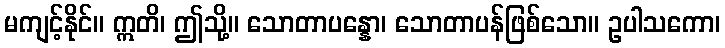
မကျင့်နိုင်။ ဣတိ၊ ဤသို့။ သောတာပန္နော၊ သောတာပန်ဖြစ်သော။ ဥပါသကော၊